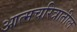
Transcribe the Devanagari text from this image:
आत्मचरित्रातील